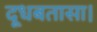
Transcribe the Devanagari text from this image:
दूधबतासा।